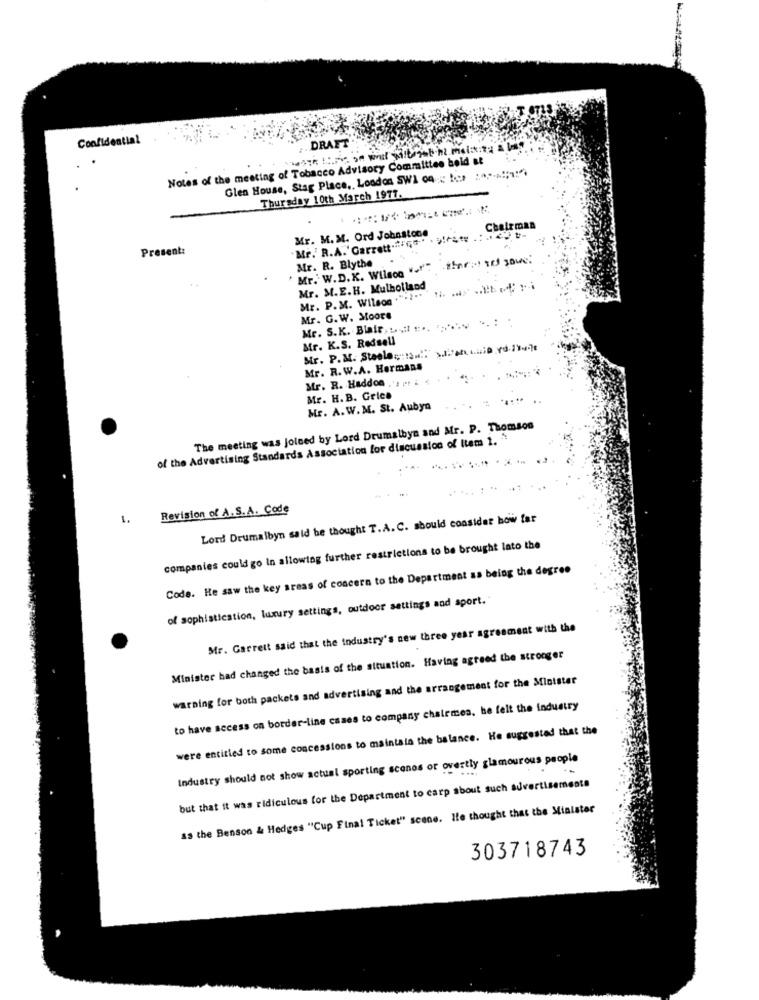
Confidential
DRAFT
Notes of the meeting of Tobacco Advisory Committee held at
Glen House, Stag Place ,, London SW1 04 ::: :: :.....!; 1:".
Thursday 10th March 1977.
Mr. M. M. Ord Johnstone
Chairman
Present:
Mr. R. Blythe
Mr. W.D.K. Wilson "or"
Mr. M.E.H. Mulholland
Mr. P. M. Wilson ."
Mr. G.W. Moore
Mr. S.K. Blair ,.... ... ...... .. : .
Mr. K.S. Redsell
Str. P.M. Steelected !! " > .... ... io .. ]
Mr. R. W.A. Hermans
Mr. R. Haddon .'spr L
Mr. H. B. Geico
Mr. A.W.M. St. Aubyn
The meeting was joined by Lord Drumalbyn and Mr. P. Thomson
of the Advertising Standards Association for discussion of Item 1. "
Revision of A.S. A. Code
1.
Lord Drumalbyn said he thought T.A. C. should consider how far
companies could go In allowing further restrictions to be brought lato the
Code. He saw the key areas of concern to the Department as being the degree
of sophistication, luxury settings, outdoor settings and aport."
Mr. Garrett said that the industry's new three year agreement with the
Minister had changed the basis of the situation. Having agreed the stronger
warning for both packets and advertising and the arrangement for the Minister
to have access on border-line cases to company chairmes, he felt the industry
were entitled to some concessions to maintain the balance. He suggested that the
Industry should not show actual sporting sconos or overtly glamourous people
but that it was ridiculous for the Department to carp about such advertisements
15 the Benson & Hedges "Cup Final Ticket" scene. Ife thought that the Minister
303718743